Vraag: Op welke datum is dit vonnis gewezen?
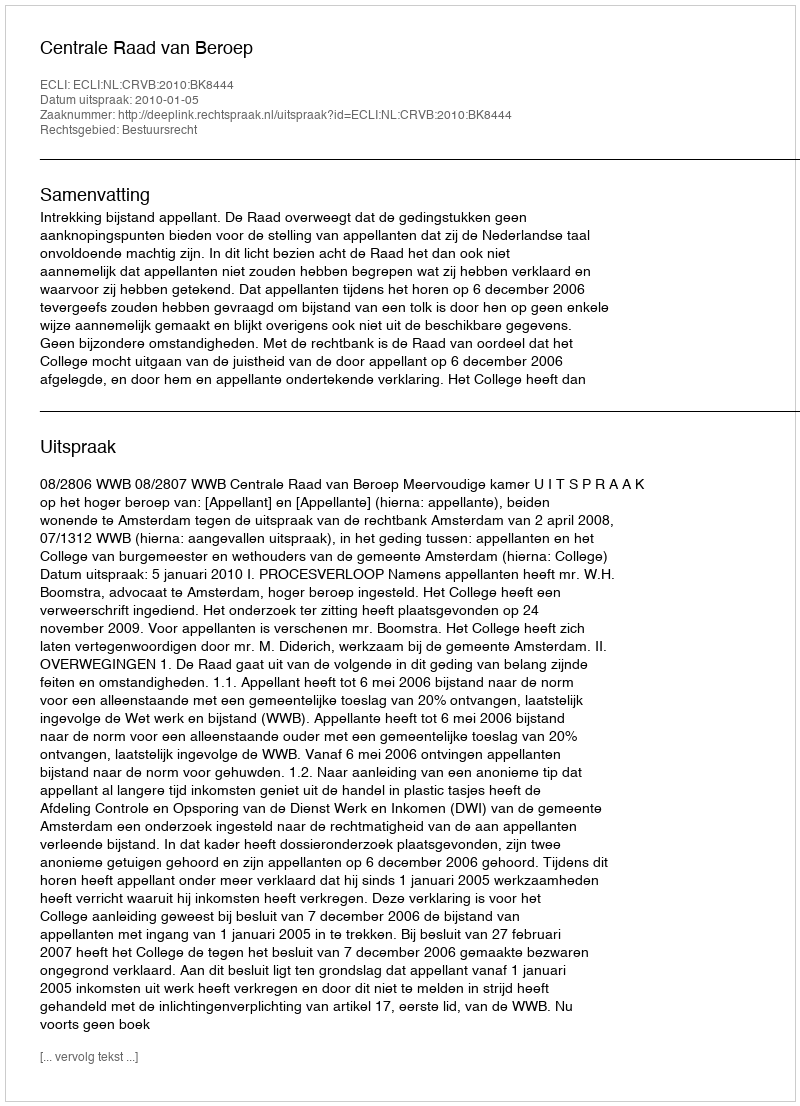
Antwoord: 2010-01-05